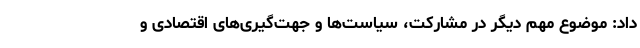
داد: موضوع مهم دیگر در مشارکت، سیاست‌ها و جهت‌گیری‌های اقتصادی و